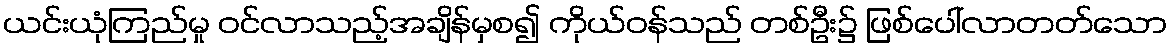
ယင်းယုံကြည်မှု ဝင်လာသည့်အချိန်မှစ၍ ကိုယ်ဝန်သည် တစ်ဦး၌ ဖြစ်ပေါ်လာတတ်သော